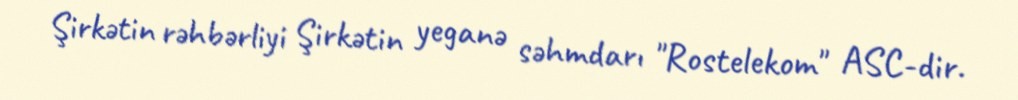
Şirkətin rəhbərliyi Şirkətin yeganə səhmdarı "Rostelekom" ASC-dir.